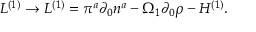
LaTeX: { \cal L } ^ { ( 1 ) } \rightarrow { \cal L } ^ { ( 1 ) } = \pi ^ { a } \partial _ { 0 } { n } ^ { a } - \Omega _ { 1 } \partial _ { 0 } { \rho } - { \cal H } ^ { ( 1 ) } .